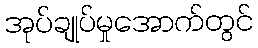
အုပ်ချုပ်မှုအောက်တွင်